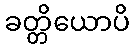
ခတ္တိယောပိ